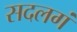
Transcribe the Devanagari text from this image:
सदलगं